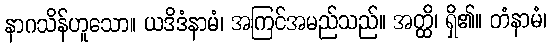
နာဂသိန်ဟူသော။ ယဒိဒံနာမံ၊ အကြင်အမည်သည်။ အတ္ထိ၊ ရှိ၏။ တံနာမံ၊